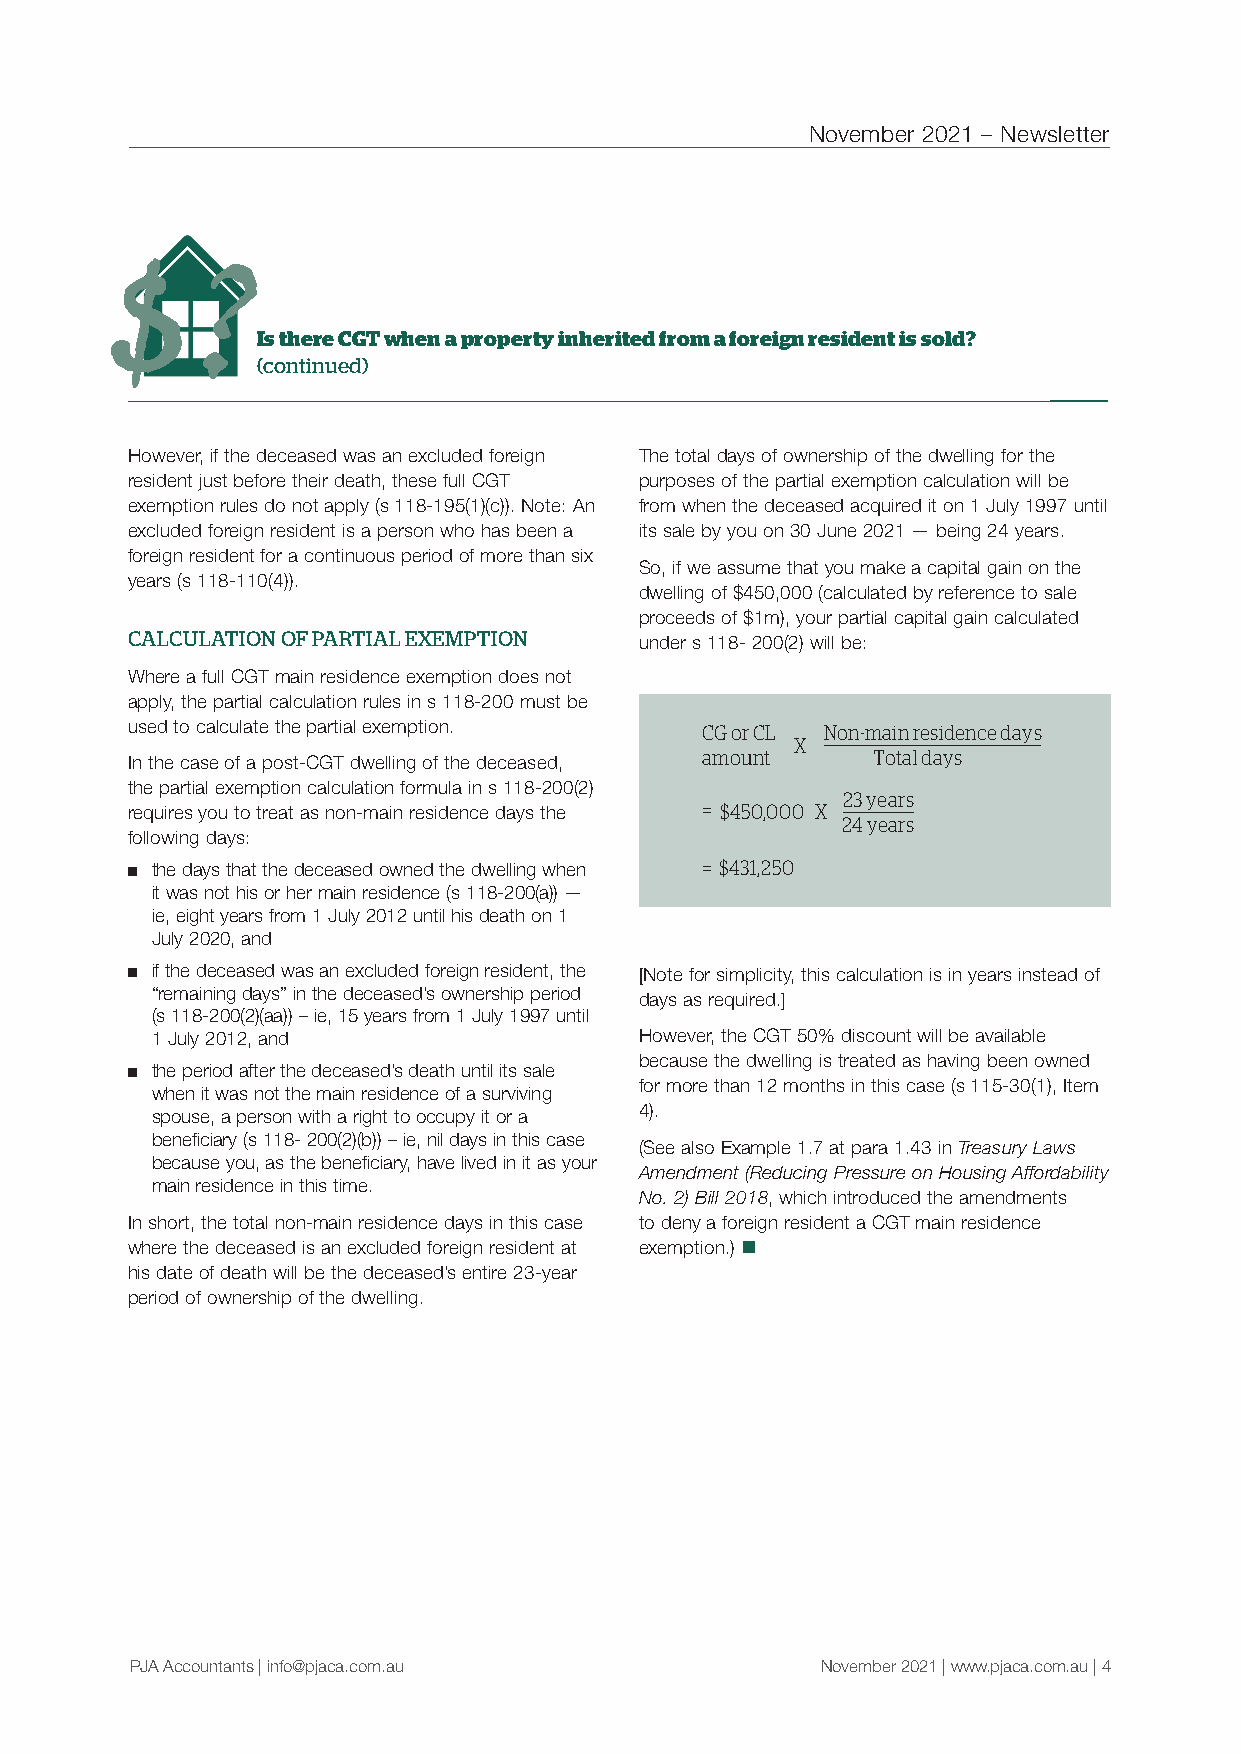
November 2021 – Newsletter
 Is there CGT when a property inherited from a foreign resident is sold?
 (continued)
 However, if the deceased was an excluded foreign The total days of ownership of the dwelling for the
 resident just before their death, these full CGT purposes of the partial exemption calculation will be
 exemption rules do not apply (s 118-195(1)(c)). Note: An from when the deceased acquired it on 1 July 1997 until
 excluded foreign resident is a person who has been a its sale by you on 30 June 2021 — being 24 years.
 foreign resident for a continuous period of more than six
 So, if we assume that you make a capital gain on the
 years (s 118-110(4)).
 dwelling of $450,000 (calculated by reference to sale
 proceeds of $1m), your partial capital gain calculated
 $
 CALCU?LATION OF PARTIAL EXEMPTION
 under s 118- 200(2) will be:
 Where a full CGT main residence exemption does not
 apply, the partial calculation rules in s 118-200 must be
 used to calculate the partial exemption. CG or CL Non-main residence days
 X
 amount      Total days
 In the case of a post-CGT dwelling of the deceased,
 the partial exemption calculation formula in s 118-200(2)
 23 years
 requires you to treat as non-main residence days the = $450,000 X
 24 years
 following days:
 ■ the days that the deceased owned the dwelling when = $431,250
 it was not his or her main residence (s 118-200(a)) —
 ie, eight years from 1 July 2012 until his death on 1
 July 2020, and
 ■ if the deceased was an excluded foreign resident, the [Note for simplicity, this calculation is in years instead of
 “remaining days” in the deceased’s ownership period days as required.]
 (s 118-200(2)(aa)) – ie, 15 years from 1 July 1997 until
 1 July 2012, and                However, the CGT 50% discount will be available
 because the dwelling is treated as having been owned
 ■ the period after the deceased’s death until its sale
 for more than 12 months in this case (s 115-30(1), Item
 when it was not the main residence of a surviving
 spouse, a person with a right to occupy it or a 4).
 beneficiary (s 118- 200(2)(b)) – ie, nil days in this case
 (See also Example 1.7 at para 1.43 in Treasury Laws
 because you, as the beneficiary, have lived in it as your
 Amendment (Reducing Pressure on Housing Affordability
 main residence in this time.
 No. 2) Bill 2018, which introduced the amendments
 In short, the total non-main residence days in this case to deny a foreign resident a CGT main residence
 where the deceased is an excluded foreign resident at exemption.) n
 his date of death will be the deceased’s entire 23-year
 period of ownership of the dwelling.
 PJA Accountants | info@pjaca.com.au          November 2021 | www.pjaca.com.au | 4